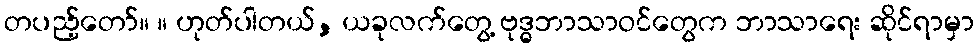
တပည့်တော်။ ။ ဟုတ်ပါတယ်, ယခုလက်တွေ့ ဗုဒ္ဓဘာသာဝင်တွေက ဘာသာရေး ဆိုင်ရာမှာ